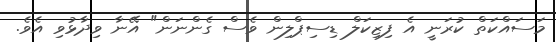
މަސައްކަތް ކުރަނީ އެ ފިޒިކަލް ޑިސިޕްލިން ވެސް ގެންނަން" އޭނާ ވިދާޅުވި އެވެ.